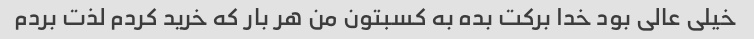
خیلی عالی بود خدا برکت بده به کسبتون من هر بار که خرید کردم لذت بردم